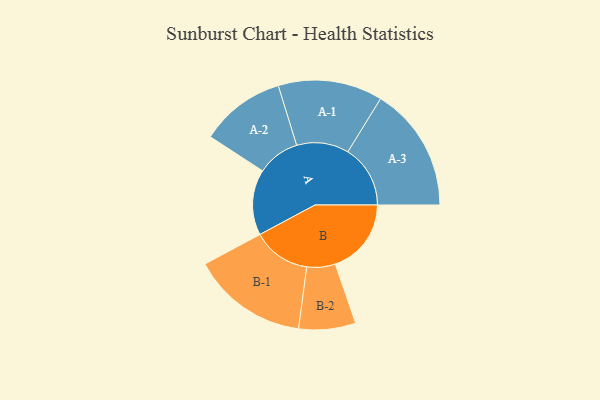
{"axis": {"x": "Segment", "y": "Value"}, "legend": ["", "A", "B"], "data": [{"x": "A", "y": 314, "type": ""}, {"x": "B", "y": 364, "type": ""}, {"x": "A-1", "y": 250, "type": "A"}, {"x": "A-2", "y": 204, "type": "A"}, {"x": "A-3", "y": 299, "type": "A"}, {"x": "B-1", "y": 278, "type": "B"}, {"x": "B-2", "y": 136, "type": "B"}]}